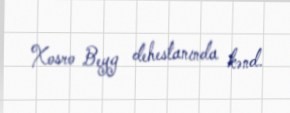
Xosro Beyg dehestanında kənd.